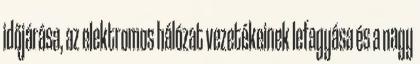
időjárása, az elektromos hálózat vezetékeinek lefagyása és a nagy